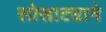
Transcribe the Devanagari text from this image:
सोसाट्याने